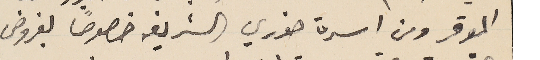
الموقر ومن اسرة خوري الشريفه خصوصًا بفروض